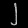
Digit: ၂